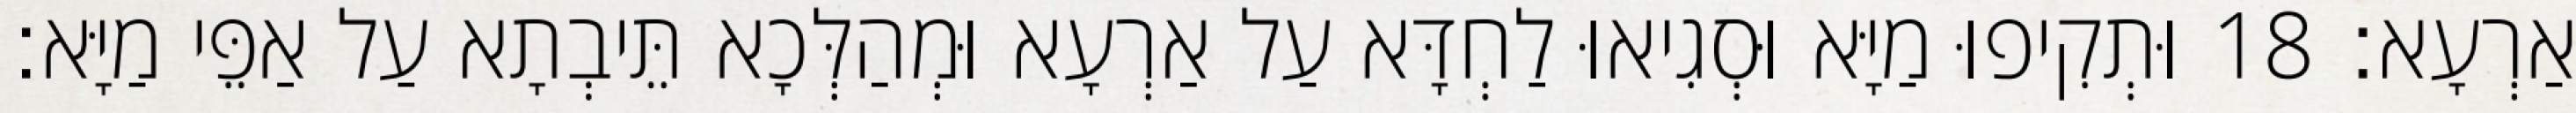
אַרְעָא׃ 18 וּתְקִיפוּ מַיָּא וּסְגִיאוּ לַחְדָּא עַל אַרְעָא וּמְהַלְּכָא תֵּיבְתָא עַל אַפֵּי מַיָּא׃